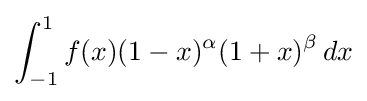
\int _{-1}^{1}f(x)(1-x)^{\alpha }(1+x)^{\beta }\,dx